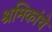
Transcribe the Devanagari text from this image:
श्रमिकांचे